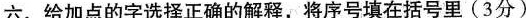
六、给加点的字选择正确的解释，将序号填在括号里(3分)